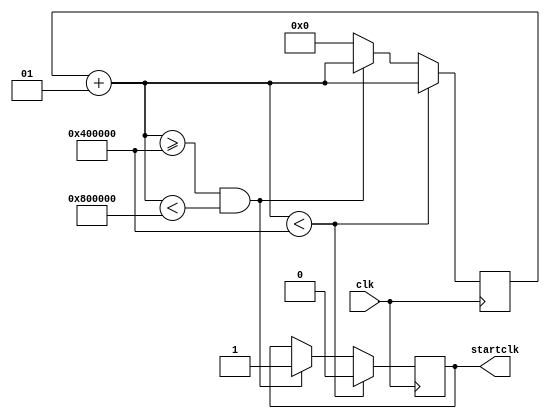
`timescale 1ns / 1ps
//////////////////////////////////////////////////////////////////////////////////
// Company: 
// Engineer: 
// 
// Design Name: 
// Module Name:    startclk 
// Project Name: 
// Target Devices: 
// Tool versions: 
// Description: 
//
// Dependencies: 
//
// Revision: 
// Revision 0.01 - File Created
// Additional Comments: 
//
//////////////////////////////////////////////////////////////////////////////////
module startclk(input clk,output reg startclk
    );

integer count;

always@(posedge clk)
begin
count = count + 1;
if(count <4194304)
startclk = 0;
else if(count>=4194304 && count<8388608)
	  startclk = 1;
	  else
	  count =0;
			

end
endmodule